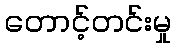
တောင့်တင်းမှု